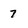
Character: 7